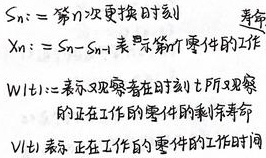
$S_n:=$第$n$次更换时刻  寿命

$X_n:=S_n - S_{n - 1}$表示第$n$个零件的工作

$W(t):$表示双观察者在时刻$t$所观察
的正在工作的零件的剩余寿命

$V(t)$表示正在工作的零件的工作时间